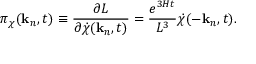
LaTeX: \pi _ { \chi } ( { \bf k } _ { n } , t ) \equiv \frac { \partial L } { \partial { \dot { \chi } } ( { \bf k } _ { n } , t ) } = \frac { e ^ { 3 H t } } { L ^ { 3 } } { \dot { \chi } } ( - { \bf k } _ { n } , t ) .